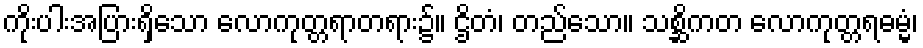
ကိုးပါးအပြားရှိသော လောကုတ္တရာတရား၌။ ဌိတံ၊ တည်သော။ သစ္ဆိကတ လောကုတ္တရဓမ္မံ၊